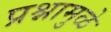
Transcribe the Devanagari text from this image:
प्रश्नामुळे